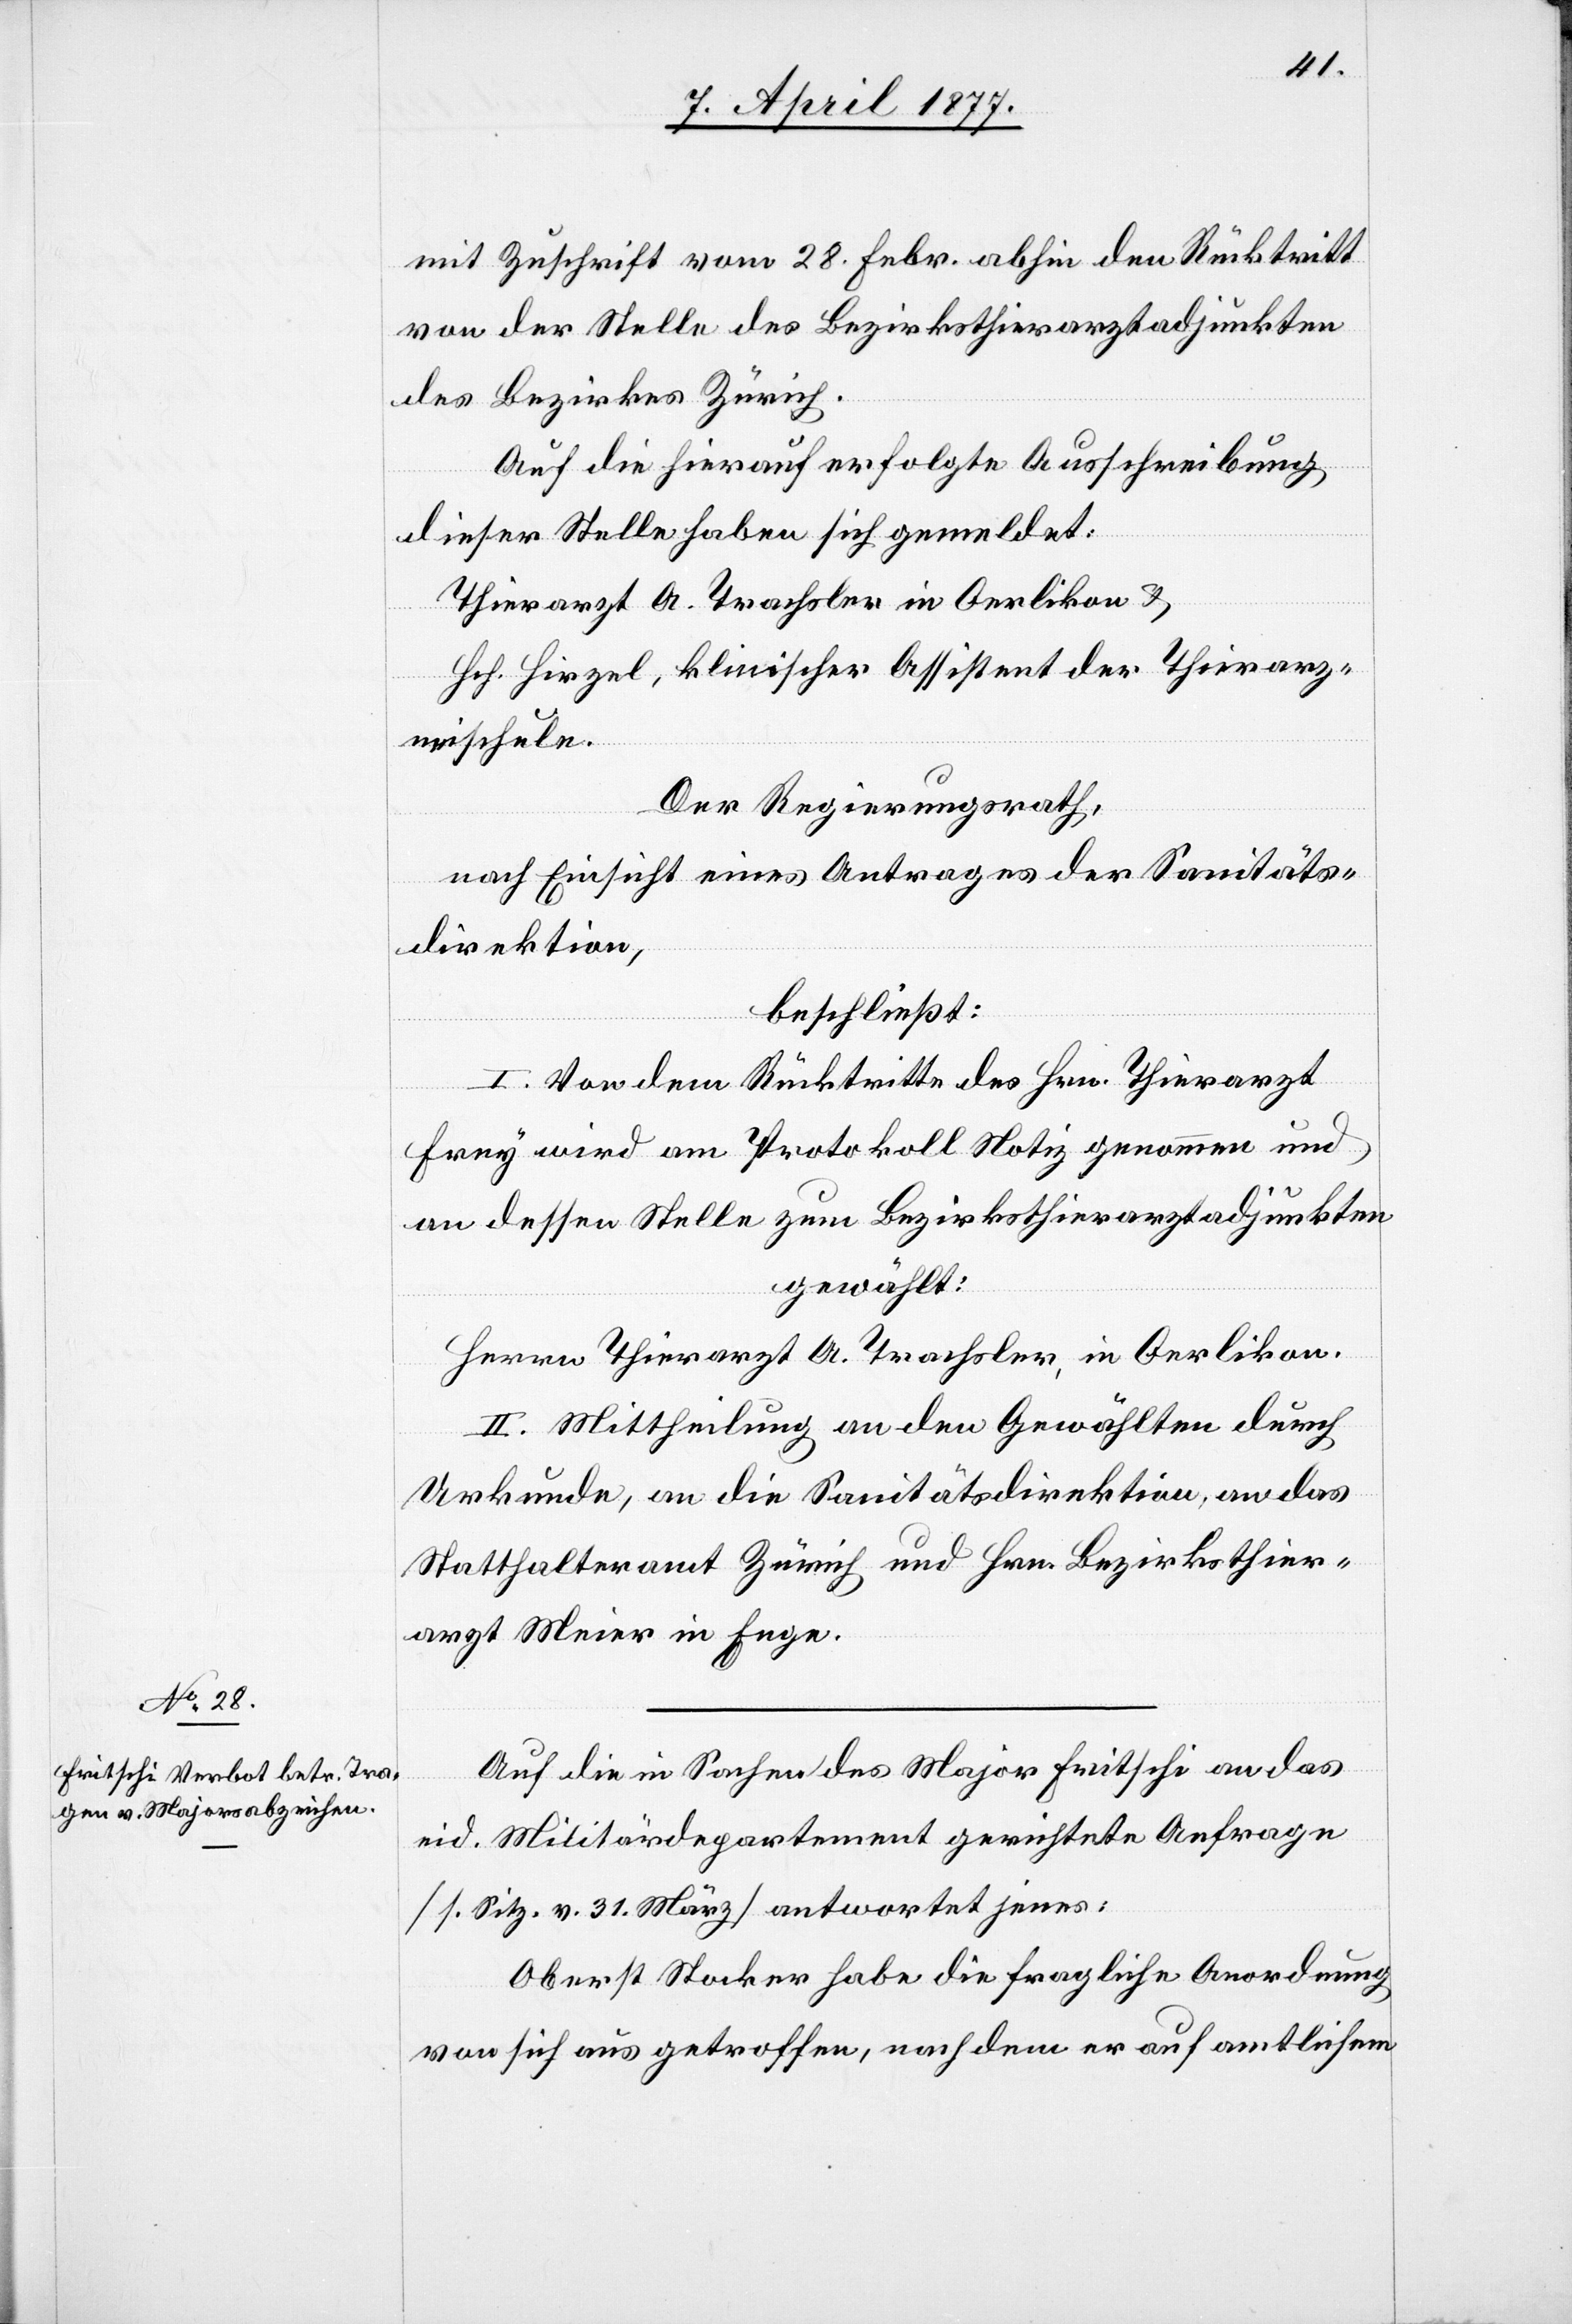
mit Zuschrift vom 28. Febr. abhin den Rücktritt
von der Stelle des Bezirksthierarztadjunkten
des Bezirkes Zürich.
Auf die hierauf erfolgte Ausschreibung
dieser Stelle haben sich gemeldet:
Thierarzt A. Trachsler in Oerlikon &
Hch. Hirzel, klinischer Assistent der Thierarz¬
neischule.
Der Regierungsrath,
nach Einsicht eines Antrages der Sanitäts¬
direktion,
beschließt:
I. Von dem Rücktritte des Hrn. Thierarzt
Frey wird am Protokoll Notiz genommen und
an dessen Stelle zum Bezirksthierarztadjunkten
gewählt:
Herrn Thierarzt A. Trachsler, in Oerlikon.
II. Mittheilung an den Gewählten durch
Urkunde, an die Sanitätsdirektion, an das
Statthalteramt Zürich und Hrn. Bezirksthier¬
arzt Meier in Enge.
Auf die in Sachen des Major Fritschi an das
eid. Militärdepartement gerichtete Anfrage
[s. Sitz. v. 31. März] antwortet jener:
Oberst Stocker habe die fragliche Anordnung
von sich aus getroffen, nachdem er auf amtlichem